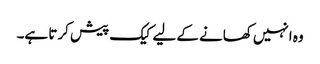
وہ انہیں کھانے کے لیے کیک پیش کرتا ہے۔